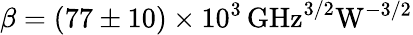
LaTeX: \beta=(77\pm 10)\times 10^{3}\, \mathrm{GHz^{3/2}W^{-3/2}}